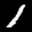
Label: 1